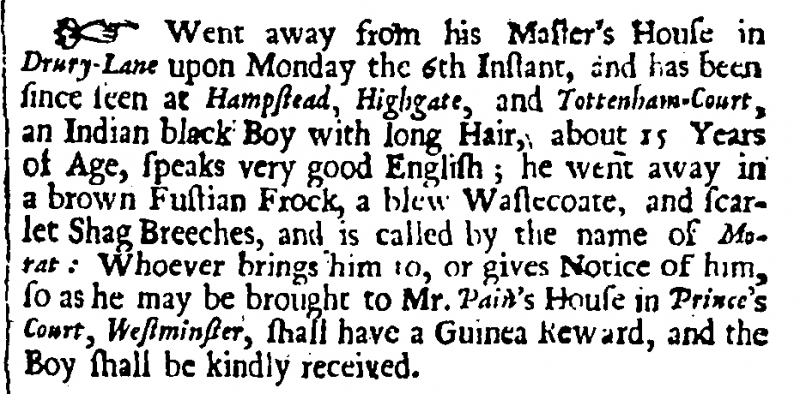
Flying Post or The Post Master, 14 July 1702 (England)
Went away from his Master’s House in Drury-Lane upon Monday the 6th Instant, and has been since seen at Hampstead, Highgate, and Tottenham-Court, an Indian black Boy with long Hair, about 15 Years of Age, speaks very good English; he went away in a brown Fustian Frock, a blew Wastecoate, and scarlet Shag Breeches, and is called by the name of Morat: Whoever brings him to, or gives Notice of him, so as he may be brought to Mr. Pain’s House in Prince’s Court, Westminster, shall have a Guinea Reward, and the Boy shall be kindly received.